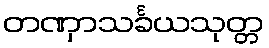
တဏှာသင်္ခယသုတ္တ